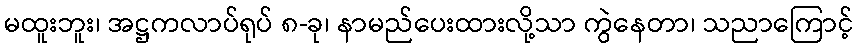
မထူးဘူး၊ အဋ္ဌကလာပ်ရုပ် ၈-ခု၊ နာမည်ပေးထားလို့သာ ကွဲနေတာ၊ သညာကြောင့်